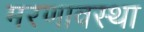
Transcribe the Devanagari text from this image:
मरणावस्था